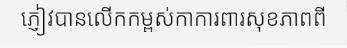
ភ្ញៀវបានលើកកម្ពស់កាការពារសុខភាពពី